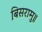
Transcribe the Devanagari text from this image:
बिसरामु॥